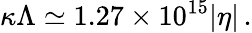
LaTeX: \kappa\Lambda\simeq 1.27\times 10^{15}|\eta|\, .